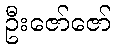
ဦးဇော်ဇော်